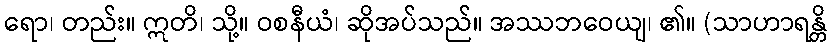
ရော၊ တည်း။ ဣတိ၊ သို့။ ဝစနီယံ၊ ဆိုအပ်သည်။ အဿဘဝေယျ၊ ၏။ (သာဟာရန္တိ